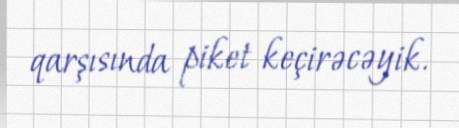
qarşısında piket keçirəcəyik.